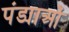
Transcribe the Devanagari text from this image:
पंड्याओं